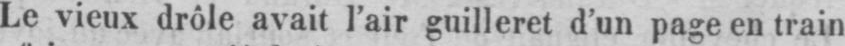
Le vieux drôle avait l’air guilleret d’un page en train